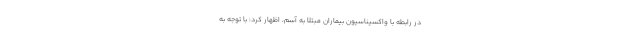
در رابطه با واکسیناسیون بیماران مبتلا به آسم، اظهار کرد: با توجه به